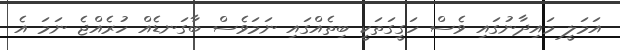
އަމަލީ މައިދާނުގައި ވެސް ހަގީގަތަކީ ބިތެއްގައި ނަމަވެސް ބާގަނޑެއް ހުރެއްޖެ ނަމަ އެ